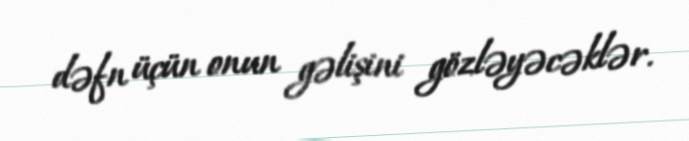
dəfn üçün onun gəlişini gözləyəcəklər.